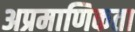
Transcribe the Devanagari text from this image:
अप्रमाणिकता